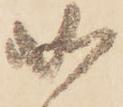
如